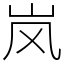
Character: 岚